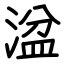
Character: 湓